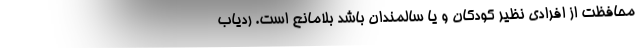
محافظت از افرادی نظیر کودکان و یا سالمندان باشد بلامانع است. ردیاب